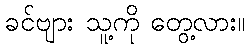
ခင်ဗျား သူ့ကို တွေ့လား။